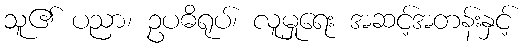
သူ၏ ပညာ၊ ဥပဓိရုပ်၊ လူမှုရေး အဆင့်အတန်းနှင့်